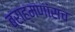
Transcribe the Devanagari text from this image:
ब्राह्मणांसच